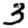
Digit: 3